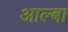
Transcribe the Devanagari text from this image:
आल्बा